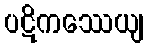
ပဋိကဿေယျ